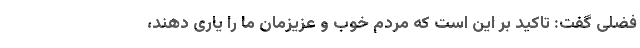
فضلی گفت: تاکید بر این است که مردم خوب و عزیزمان ما را یاری دهند،